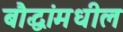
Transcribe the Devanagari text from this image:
बौद्धांमधील